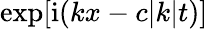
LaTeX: \exp[\mathrm{i}(kx-c|k|t)]